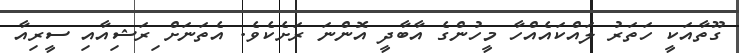
ގޫތާއަކީ ހަތަރު ލައްކައެއްހާ މީހުންގެ އާބާދީ އޮންނަ ރަށެކެވެ. އެތަނަށް ިރަޝިއާއި ސީރިއާ